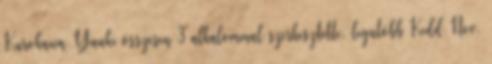
Kurokawa Yuuki összesen 3 alkalommal szerkesztette, legutóbb Kedd Nov.